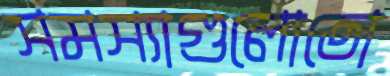
সমস্যাগুলোতো